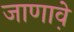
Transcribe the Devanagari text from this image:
जाणावे़